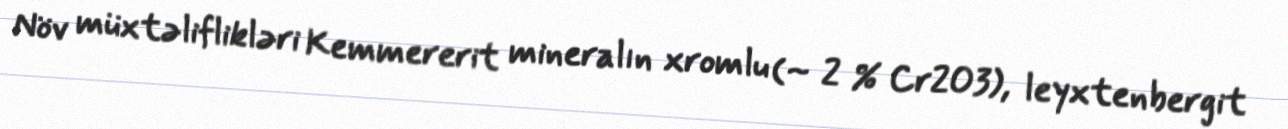
Növ müxtəliflikləri Kemmererit mineralın xromlu (~ 2 % Cr2O3), leyxtenbergit